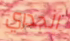
الجدري